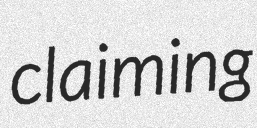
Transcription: claiming